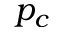
p _ { c }